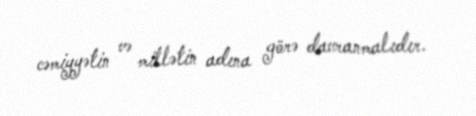
cəmiyyətin və millətin adına görə davranmalıdır.